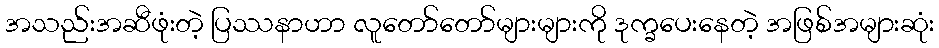
အသည်းအဆီဖုံးတဲ့ ပြဿနာဟာ လူတော်တော်များများကို ဒုက္ခပေးနေတဲ့ အဖြစ်အများဆုံး